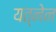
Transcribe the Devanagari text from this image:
यत्नेन